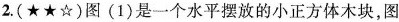
2.(★★☆)图(1）是一个水平摆放的小正方体本块，图